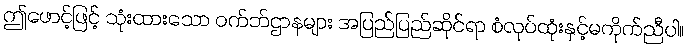
ဤဖောင့်ဖြင့် သုံးထားသော ဝက်ဘ်ဌာနများ အပြည်ပြည်ဆိုင်ရာ စံလုပ်ထုံးနှင့်မကိုက်ညီပါ။